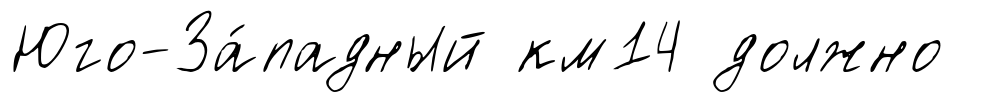
Юго-За́падный км14 должно